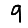
Digit: 9